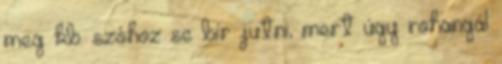
meg kb. szóhoz se bír jutni, mert úgy rohangál